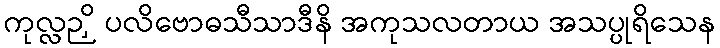
ကုလ္လဉှိ ပလိဗောဓသီသာဒီနိ အကုသလတာယ အသပ္ပုရိသေန